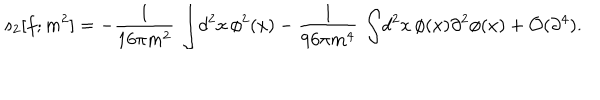
s _ { 2 } [ f ; m ^ { 2 } ] = - { \frac { 1 } { 1 6 \pi m ^ { 2 } } } \, \int \! d ^ { 2 } x \, \phi ^ { 2 } ( x ) - { \frac { 1 } { 9 6 \pi m ^ { 4 } } } \, \int \! d ^ { 2 } x \, \phi ( x ) \partial ^ { 2 } \phi ( x ) + { \cal O } ( \partial ^ { 4 } ) .